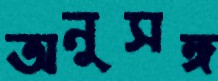
অনুসঙ্গ